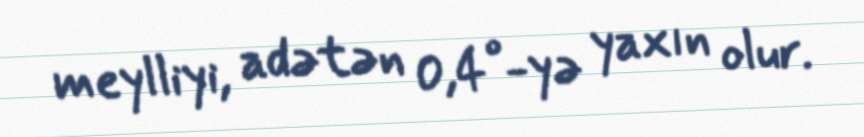
meylliyi, adətən 0,4°-yə yaxın olur.